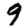
Digit: 9